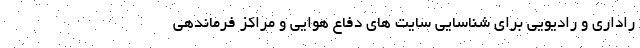
راداری و رادیویی برای شناسایی سایت های دفاع هوایی و مراکز فرماندهی